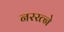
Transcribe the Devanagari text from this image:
नररत्ने